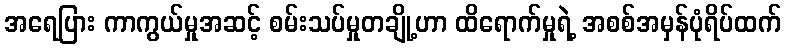
အရေပြား ကာကွယ်မှုအဆင့် စမ်းသပ်မှုတချို့ဟာ ထိရောက်မှုရဲ့ အစစ်အမှန်ပုံရိပ်ထက်